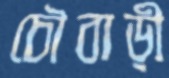
চৌবাড়ী